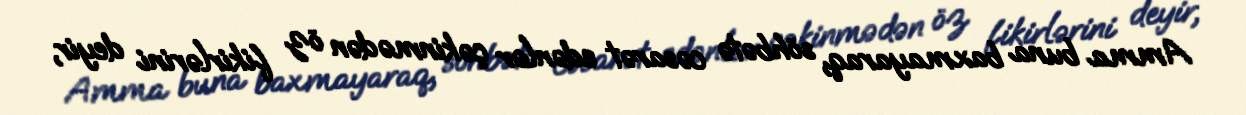
Amma buna baxmayaraq, söhbətə cəsarət edənlər çəkinmədən öz fikirlərini deyir,